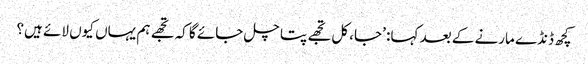
کچھ ڈنڈے مارنے کے بعد کہا: ’جا، کل تجھے پتا چل جائے گا کہ تجھے ہم یہاں کیوں لائے ہیں؟